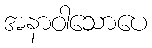
အနာဝါသောပေ